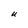
Character: U